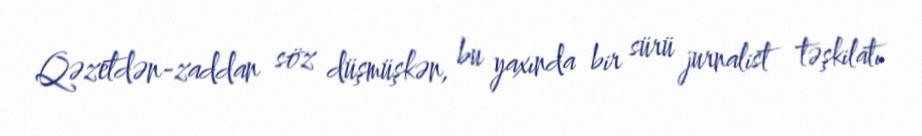
Qəzetdən-zaddan söz düşmüşkən, bu yaxında bir sürü jurnalist təşkilatı